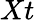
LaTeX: Xt